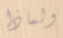
ولماذا